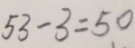
5 3 - 3 = 5 0